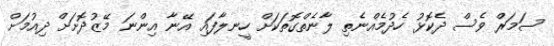
ސަމަރް ވެސް ދެކޮޅު ހެދުމެއްނެތި ލާނެތްގޮތަކަށް ހީނލާފައި އޭނާ އިންނަ މޭޒުދޮށަށް ދިއުމަށް